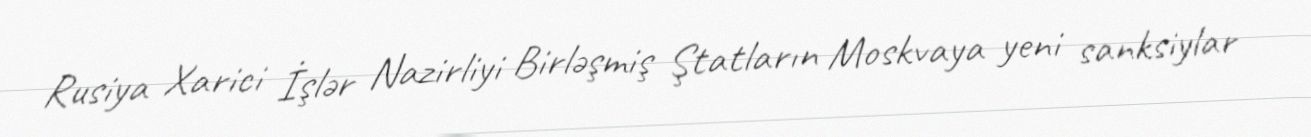
Rusiya Xarici İşlər Nazirliyi Birləşmiş Ştatların Moskvaya yeni sanksiylar